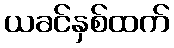
ယခင်နှစ်ထက်